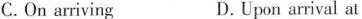
C.On arriving D.Upon arrival at